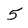
Character: 5